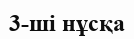
3-ші нұсқа